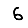
Digit: 6